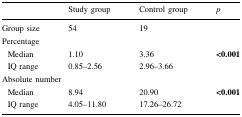
|  | Study group | Control group | p |
 | --- | --- | --- | --- |
 | Group size | 54 | 19 |  |
 | <COLSPAN=4> Percentage |
 | Median | 1.10 | 3.36 | <ROWSPAN=2> <0.001 |
 | IQ range | 0.85–2.56 | 2.96–3.66 |
 | <COLSPAN=4> Absolute number |
 | Median | 8.94 | 20.90 | <ROWSPAN=2> <0.001 |
 | IQ range | 4.05–11.80 | 17.26–26.72 |